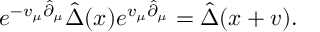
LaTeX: e ^ { - v _ { \mu } \hat { \partial } _ { \mu } } \hat { \Delta } ( x ) e ^ { v _ { \mu } \hat { \partial } _ { \mu } } = \hat { \Delta } ( x + v ) .